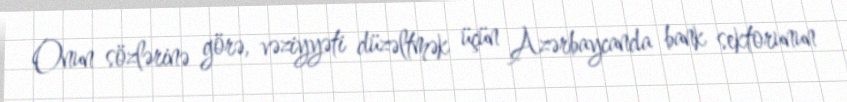
Onun sözlərinə görə, vəziyyəti düzəltmək üçün Azərbaycanda bank sektorunun